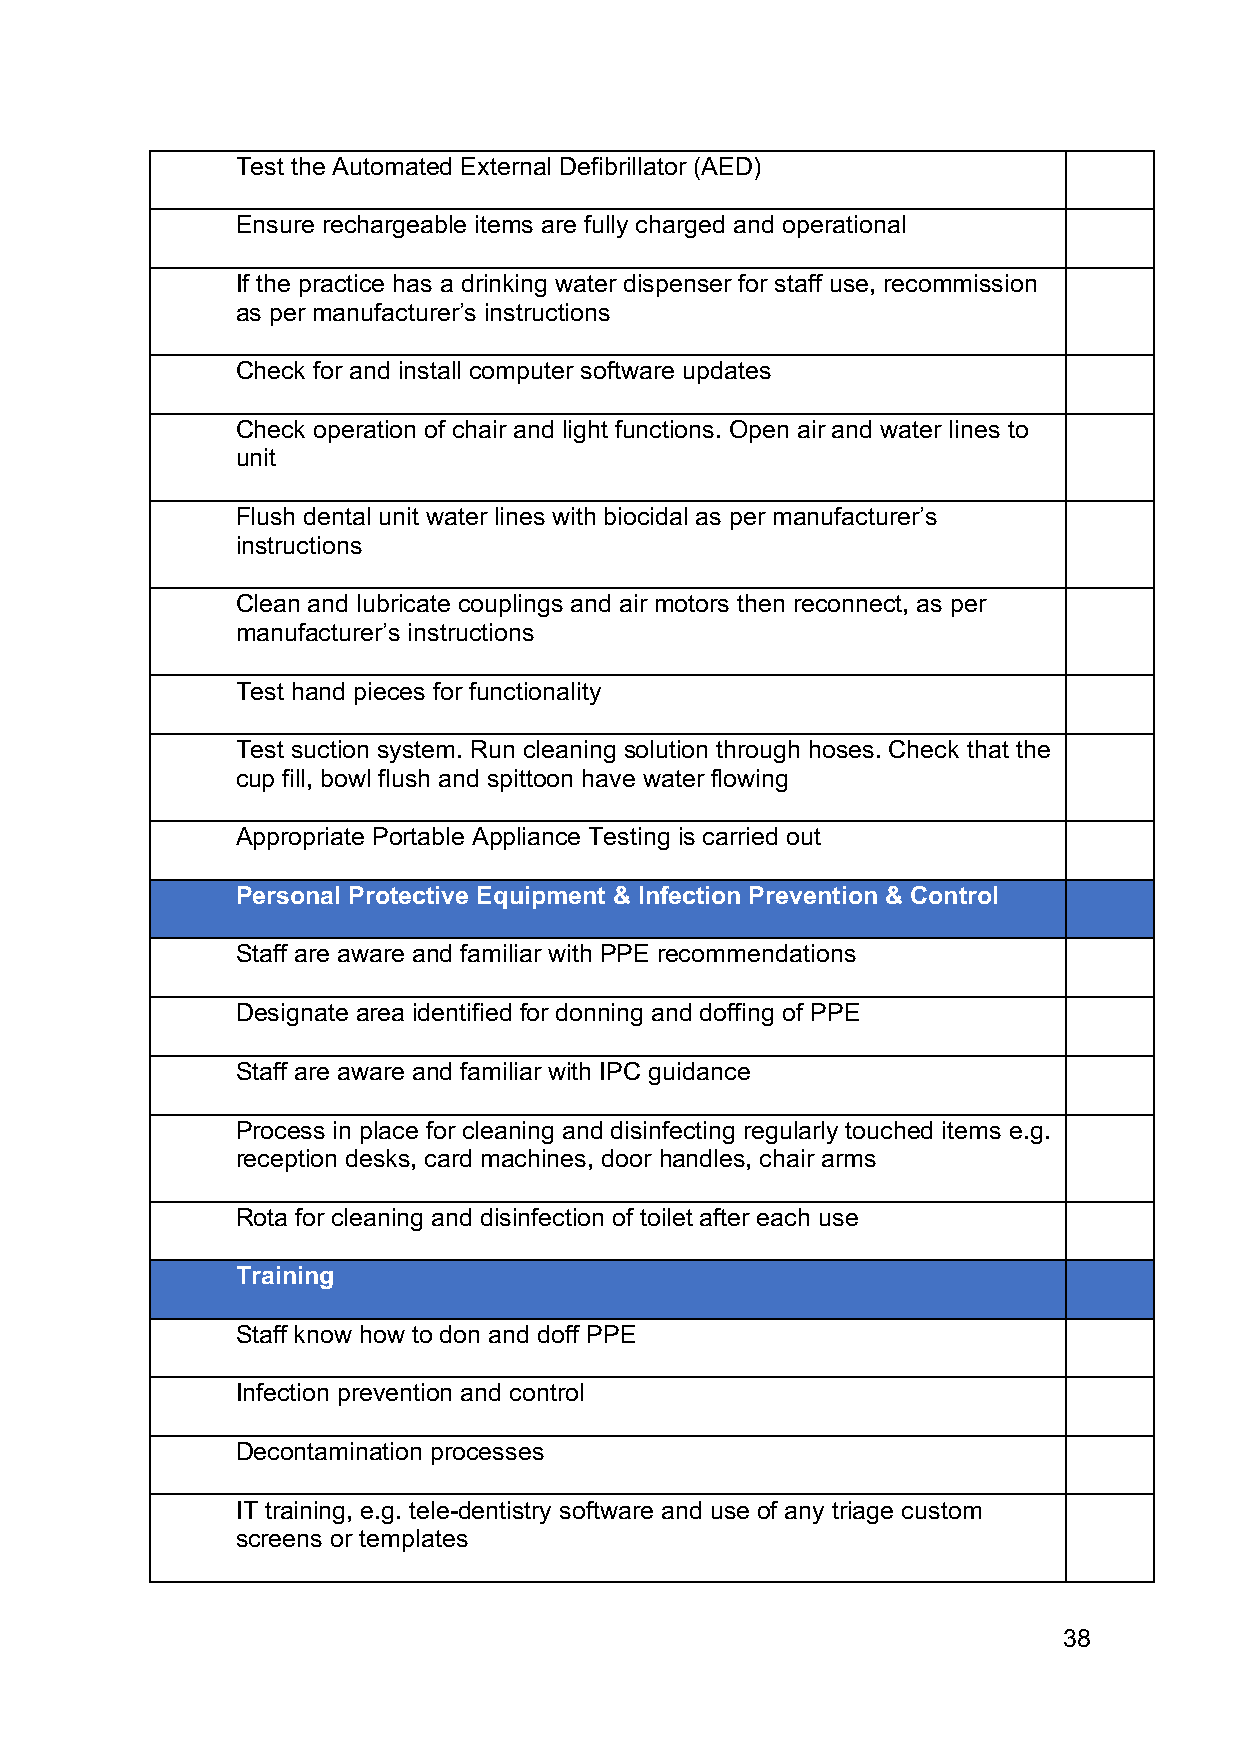
Test the Automated External Defibrillator (AED)
 Ensure rechargeable items are fully charged and operational
 If the practice has a drinking water dispenser for staff use, recommission
 as per manufacturer’s instructions
 Check for and install computer software updates
 Check operation of chair and light functions. Open air and water lines to
 unit
 Flush dental unit water lines with biocidal as per manufacturer’s
 instructions
 Clean and lubricate couplings and air motors then reconnect, as per
 manufacturer’s instructions
 Test hand pieces for functionality
 Test suction system. Run cleaning solution through hoses. Check that the
 cup fill, bowl flush and spittoon have water flowing
 Appropriate Portable Appliance Testing is carried out
 Personal Protective Equipment & Infection Prevention & Control
 Staff are aware and familiar with PPE recommendations
 Designate area identified for donning and doffing of PPE
 Staff are aware and familiar with IPC guidance
 Process in place for cleaning and disinfecting regularly touched items e.g.
 reception desks, card machines, door handles, chair arms
 Rota for cleaning and disinfection of toilet after each use
 Training
 Staff know how to don and doff PPE
 Infection prevention and control
 Decontamination processes
 IT training, e.g. tele-dentistry software and use of any triage custom
 screens or templates
 38